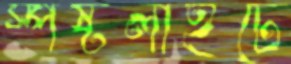
স্পষ্টলাইটে